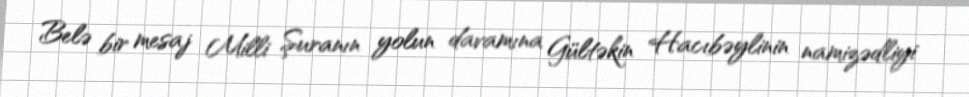
Belə bir mesaj Milli Şuranın yolun davamına Gültəkin Hacıbəylinin namizədliyi